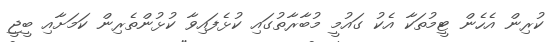
ކުރިން އެހެން ޓީމުތަކާ އެކު ގައުމީ މުބާރާތުގައި ކުޅެފައިވާ ކުޅުންތެރިން ކަމަށާއި ބީޖީ